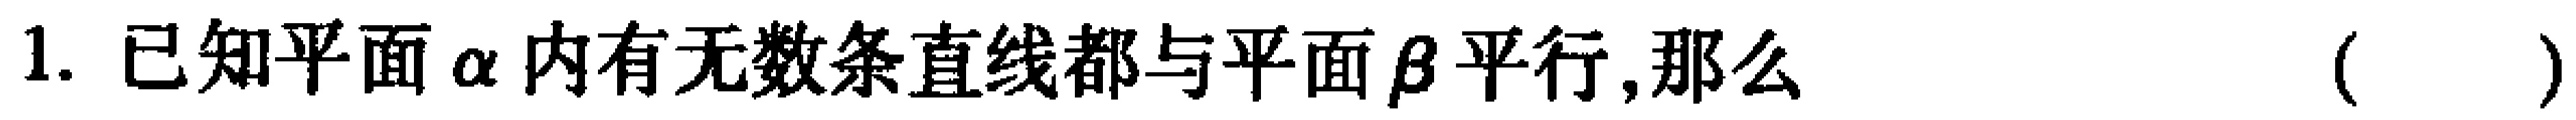
1. 已知平面\(\alpha\)内有无数条直线都与平面\(\beta\)平行,那么 （  ）